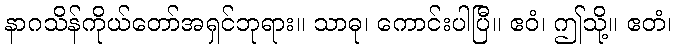
နာဂသိန်ကိုယ်တော်အရှင်ဘုရား။ သာဓု၊ ကောင်းပါပြီ။ ဧဝံ၊ ဤသို့။ ဧတံ၊